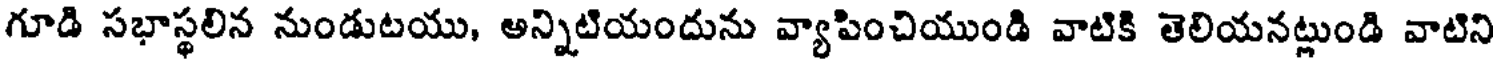
గూడి సభాస్థలిన నుండుటయు, అన్నిటియందును వ్యాపించియుండి వాటికి తెలియనట్లుండి వాటిని